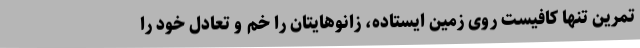
تمرین تنها کافیست روی زمین ایستاده، زانوهایتان را خم و تعادل خود را